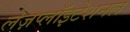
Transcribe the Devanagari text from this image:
लेज़प्लॉइटेशनल